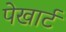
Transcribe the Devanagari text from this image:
पेखार्ट